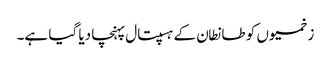
زخمیوں کو طانطان کے ہسپتال پہنچا دیا گیا ہے۔